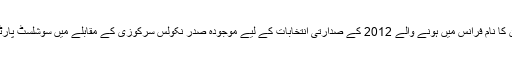
حالیہ اسکینڈل سامنے آنے سے قبل اسٹراس کاہن کا نام فرانس میں ہونے والے 2012 کے صدارتی انتخابات کے لیے موجودہ صدر نکولس سرکوزی کے مقابلے میں سوشلسٹ پارٹی کے ممکنہ امیدوار کے طور پر لیا جارہا تھا۔